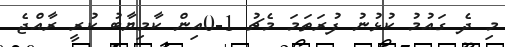
މި ދެ ގައުމު ކުޅުނު ފުރަތަމަ މެޗު 1-0އިން ކާމިޔާބު ކުރީ ރާއްޖެ